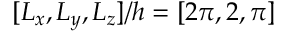
[ L _ { x } , L _ { y } , L _ { z } ] / h = [ 2 \pi , 2 , \pi ]